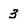
Character: 3